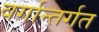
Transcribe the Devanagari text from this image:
वर्गान्तर्गत